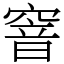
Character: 窨